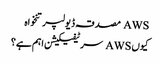
AWS مصدقہ ڈیولپر تنخواہ
کیوں AWS سرٹیفیکیشن اہم ہے؟